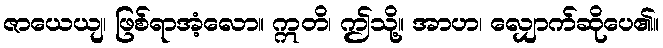
ဇာယေယျ၊ ဖြစ်ရာအံ့လော။ ဣတိ၊ ဤသို့။ အာဟ၊ လျှောက်ဆိုပေ၏။